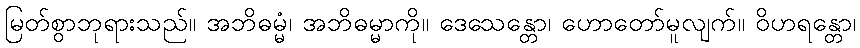
မြတ်စွာဘုရားသည်။ အဘိဓမ္မံ၊ အဘိဓမ္မာကို။ ဒေသေန္တော၊ ဟောတော်မူလျက်။ ဝိဟရန္တော၊